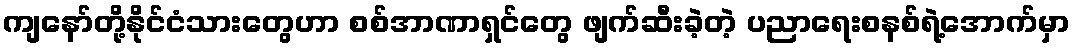
ကျနော်တို့နိုင်ငံသားတွေဟာ စစ်အာဏာရှင်တွေ ဖျက်ဆီးခဲ့တဲ့ ပညာရေးစနစ်ရဲ့အောက်မှာ